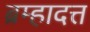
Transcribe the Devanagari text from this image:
ब्रम्हादत्त